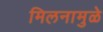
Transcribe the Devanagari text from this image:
मिलनामुळे